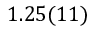
1 . 2 5 ( 1 1 )